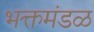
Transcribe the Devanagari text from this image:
भक्तमंडळ